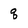
Character: q